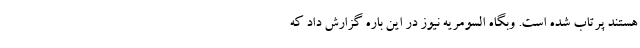
هستند پرتاب شده است. وبگاه السومریه نیوز در این باره گزارش داد که